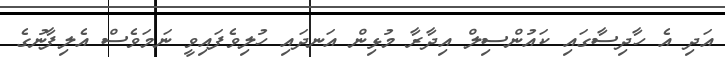
އަދި އެ ހާދިސާގައި ކައުންސިލް އިދާރާ މުޅިން އަނދައި ހުލިވެފައިވީ ނަމަވެސް އެލިފާނުގެ